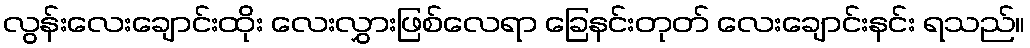
လွန်းလေးချောင်းထိုး လေးလွှားဖြစ်လေရာ ခြေနင်းတုတ် လေးချောင်းနင်း ရသည်။